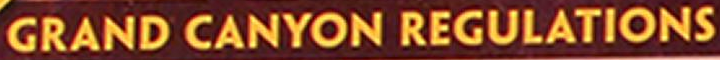
GRAND CANYON REGULATIONS